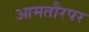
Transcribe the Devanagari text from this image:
आमतौरपर